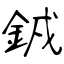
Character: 銊